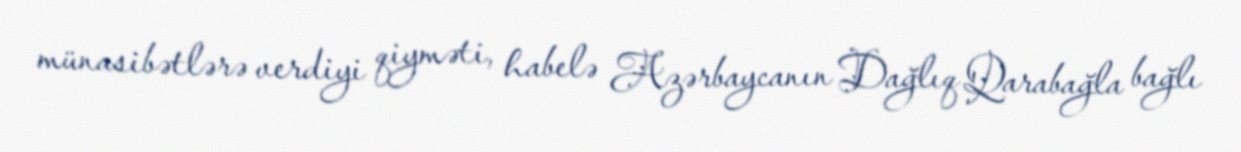
münasibətlərə verdiyi qiyməti, habelə Azərbaycanın Dağlıq Qarabağla bağlı